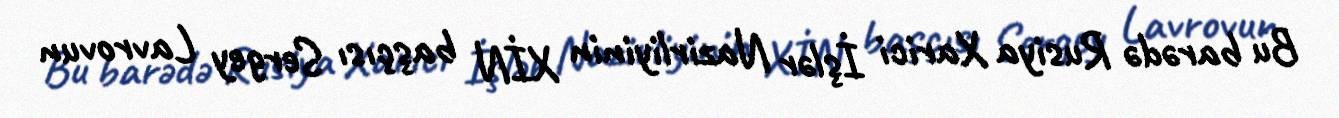
Bu barədə Rusiya Xarici İşlər Nazirliyinin XİN başçısı Sergey Lavrovun